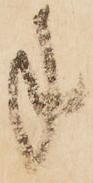
手